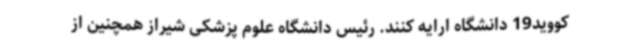
کووید19 دانشگاه ارایه کنند. رئیس دانشگاه علوم پزشکی شیراز همچنین از